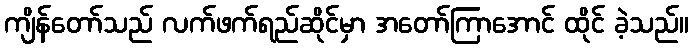
ကျိန်တော်သည် လက်ဖက်ရည်ဆိုင်မှာ အတော်ကြာအောင် ထိုင် ခဲ့သည်။